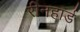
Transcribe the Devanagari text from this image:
रीनहार्ड